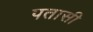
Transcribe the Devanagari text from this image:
पतासी